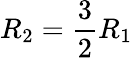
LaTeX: R_{2}=\frac{3}{2}R_{1}